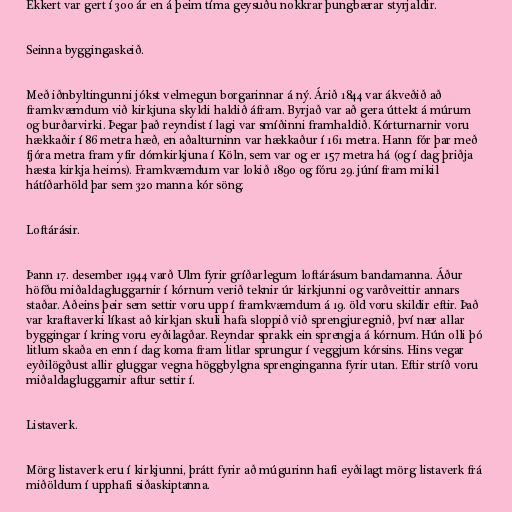
Ekkert var gert í 300 ár en á þeim tíma geysuðu nokkrar þungbærar styrjaldir.

Seinna byggingaskeið.

Með iðnbyltingunni jókst velmegun borgarinnar á ný. Árið 1844 var ákveðið að
framkvæmdum við kirkjuna skyldi haldið áfram. Byrjað var að gera úttekt á múrum
og burðarvirki. Þegar það reyndist í lagi var smíðinni framhaldið. Kórturnarnir voru
hækkaðir í 86 metra hæð, en aðalturninn var hækkaður í 161 metra. Hann fór þar með
fjóra metra fram yfir dómkirkjuna í Köln, sem var og er 157 metra há (og í dag þriðja
hæsta kirkja heims). Framkvæmdum var lokið 1890 og fóru 29. júní fram mikil
hátíðarhöld þar sem 320 manna kór söng.

Loftárásir.

Þann 17. desember 1944 varð Ulm fyrir gríðarlegum loftárásum bandamanna. Áður
höfðu miðaldagluggarnir í kórnum verið teknir úr kirkjunni og varðveittir annars
staðar. Aðeins þeir sem settir voru upp í framkvæmdum á 19. öld voru skildir eftir. Það
var kraftaverki líkast að kirkjan skuli hafa sloppið við sprengjuregnið, því nær allar
byggingar í kring voru eyðilagðar. Reyndar sprakk ein sprengja á kórnum. Hún olli þó
litlum skaða en enn í dag koma fram litlar sprungur í veggjum kórsins. Hins vegar
eyðilögðust allir gluggar vegna höggbylgna sprenginganna fyrir utan. Eftir stríð voru
miðaldagluggarnir aftur settir í.

Listaverk.

Mörg listaverk eru í kirkjunni, þrátt fyrir að múgurinn hafi eyðilagt mörg listaverk frá
miðöldum í upphafi siðaskiptanna.